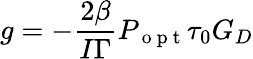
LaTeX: g=-\frac{2\beta}{I\Gamma}P_{\mathrm{~o~p~t~}}\tau_{0}G_{D}